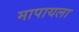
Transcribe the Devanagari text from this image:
मापायला